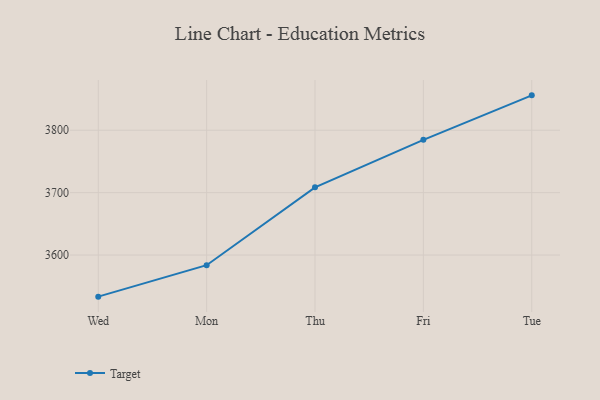
{"axis": {"x": "Day", "y": "Energy Usage (MWh)"}, "legend": ["Target"], "data": [{"x": "Wed", "y": 3533.3, "type": "Target"}, {"x": "Mon", "y": 3583.7, "type": "Target"}, {"x": "Thu", "y": 3708.5, "type": "Target"}, {"x": "Fri", "y": 3784.6, "type": "Target"}, {"x": "Tue", "y": 3855.9, "type": "Target"}]}